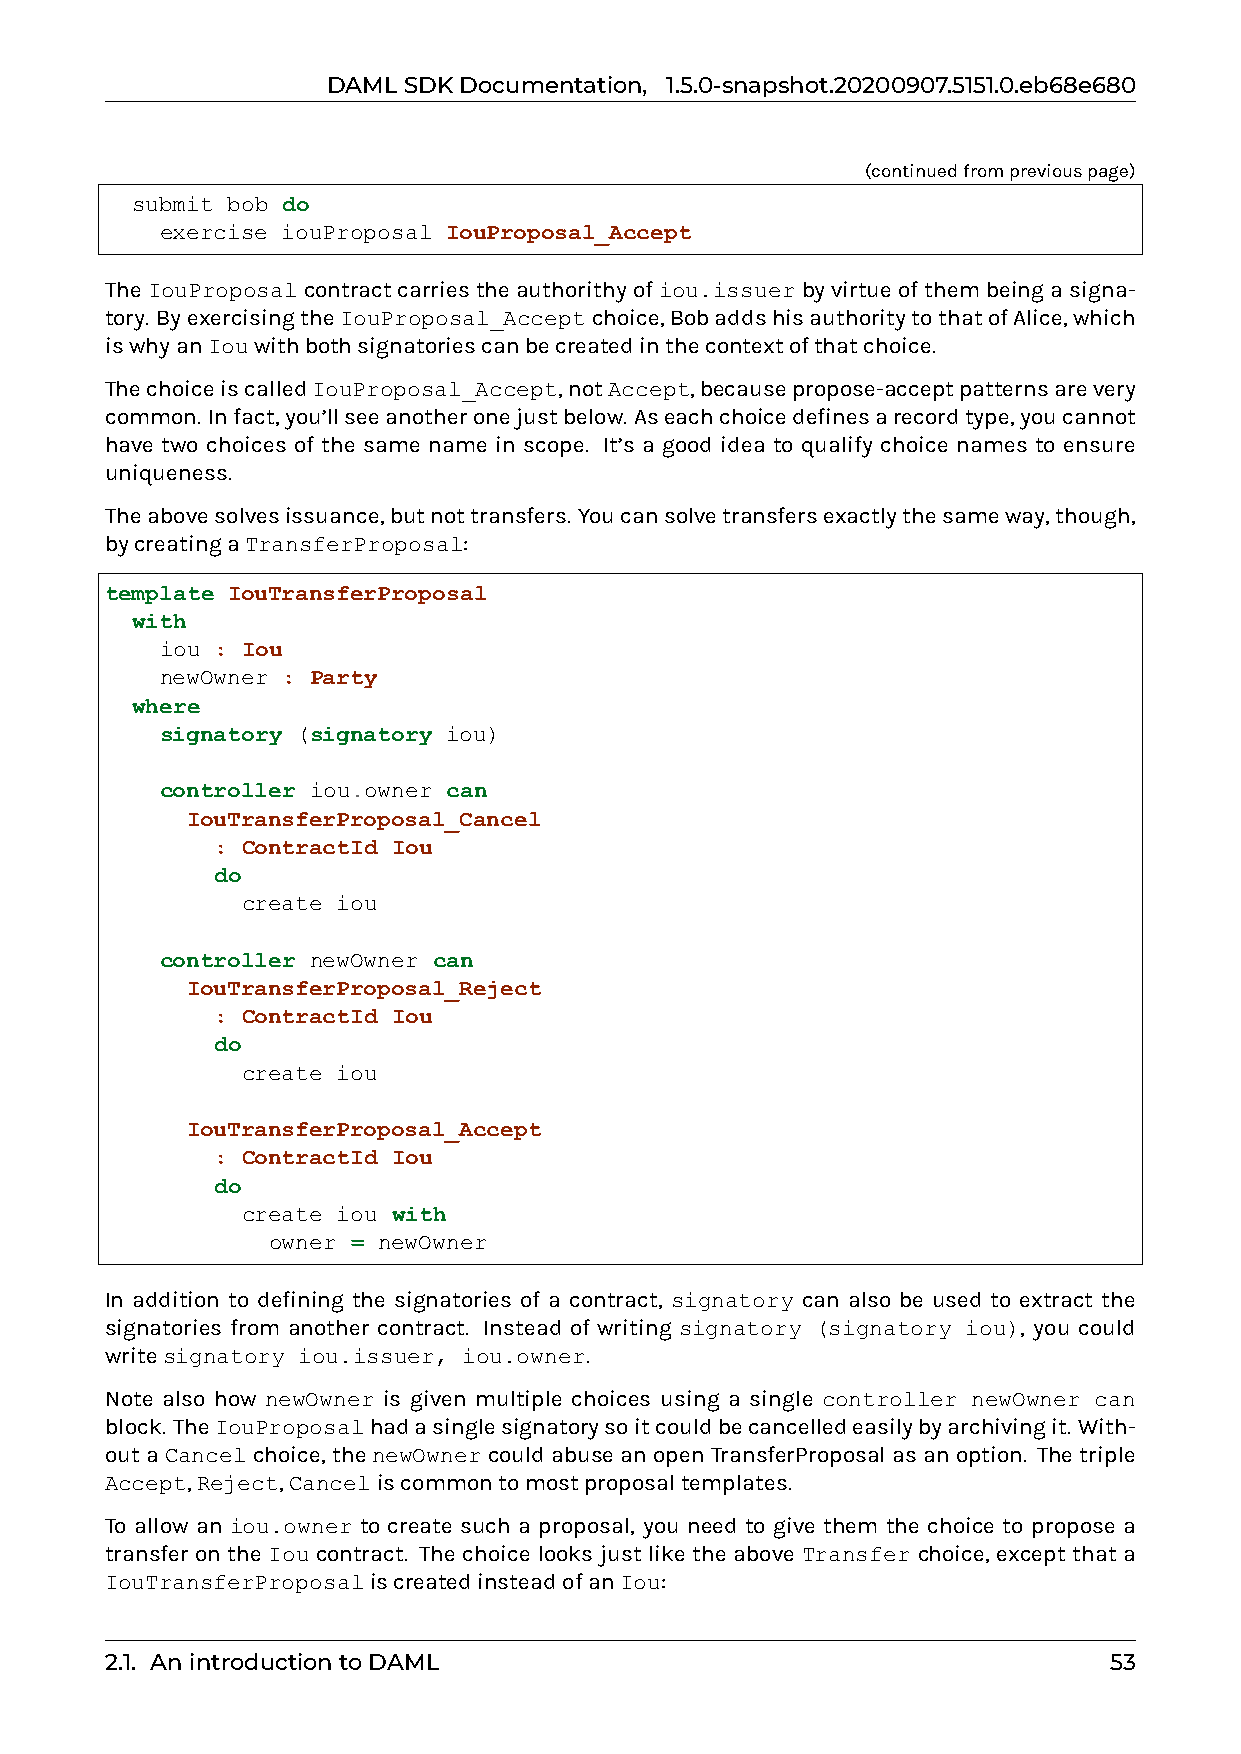
DAMLSDKDocumentation, 1.5.0-snapshot.20200907.5151.0.eb68e680
 (continuedfrompreviouspage)
 submit bob do
 exercise iouProposal IouProposal_Accept
 TheIouProposalcontractcarriestheauthorithyofiou.issuerbyvirtueofthembeingasigna-
 tory. ByexercisingtheIouProposal_Acceptchoice,BobaddshisauthoritytothatofAlice,which
 iswhyanIouwithbothsignatoriescanbecreatedinthecontextofthatchoice.
 ThechoiceiscalledIouProposal_Accept,notAccept,becausepropose-acceptpatternsarevery
 common. Infact,you’llseeanotheronejustbelow. Aseachchoicedefinesarecordtype,youcannot
 have two choices of the same name in scope. It’s a good idea to qualify choice names to ensure
 uniqueness.
 Theabovesolvesissuance,butnottransfers. Youcansolvetransfersexactlythesameway,though,
 bycreatingaTransferProposal:
 template IouTransferProposal
 with
 iou : Iou
 newOwner : Party
 where
 signatory (signatory iou)
 controller iou.owner can
 IouTransferProposal_Cancel
 : ContractId Iou
 do
 create iou
 controller newOwner can
 IouTransferProposal_Reject
 : ContractId Iou
 do
 create iou
 IouTransferProposal_Accept
 : ContractId Iou
 do
 create iou with
 owner = newOwner
 In addition to defining the signatories of a contract, signatory can also be used to extract the
 signatories from another contract. Instead of writing signatory (signatory iou), you could
 writesignatory iou.issuer, iou.owner.
 Note also how newOwner is given multiple choices using a single controller newOwner can
 block. TheIouProposalhadasinglesignatorysoitcouldbecancelledeasilybyarchivingit. With-
 outaCancelchoice, thenewOwnercouldabuseanopenTransferProposalasanoption. Thetriple
 Accept,Reject,Canceliscommontomostproposaltemplates.
 To allow an iou.owner to create such a proposal, you need to give them the choice to propose a
 transfer on the Iou contract. The choice looks just like the above Transfer choice, except that a
 IouTransferProposaliscreatedinsteadofanIou:
 2.1. AnintroductiontoDAML                                         53